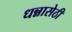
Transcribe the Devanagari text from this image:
धन्नासेठी